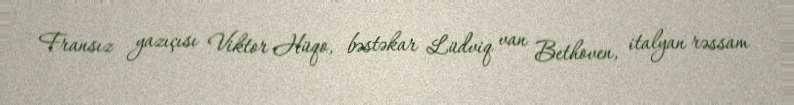
Fransız yazıçısı Viktor Hüqo, bəstəkar Lüdviq van Bethoven, italyan rəssam